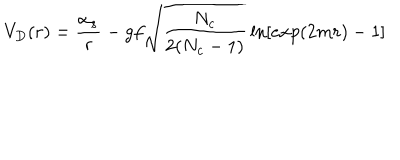
V _ { D } ( r ) = { \frac { \alpha _ { s } } { r } } - g f \sqrt { \frac { N _ { c } } { 2 ( N _ { c } - 1 ) } } \ln [ e x p ( 2 m r ) - 1 ] \qquad